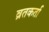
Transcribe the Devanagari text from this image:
व्रतकर्ता